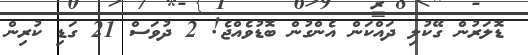
ޑޮލަރުން ގޭކުލި ދައްކަން އެންގުން ބޮޑުވެއްޖެ! 2 ދުވަސް 21 ގަޑި ކުރިން